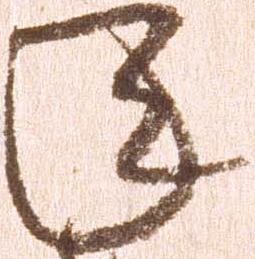
年